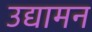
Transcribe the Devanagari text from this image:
उद्यामन